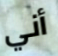
أني